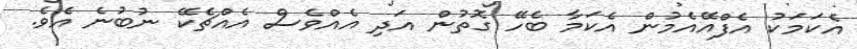
އެކަމަކު އެފްއޭއެމުން އެކަމާ ބެހޭ ގޮތުން އަދި އެއްވެސް އެއްޗެކޭ ނުބުނެ އެވެ.